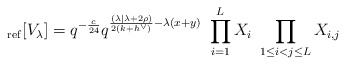
\begin{align*}_{\rm ref}[V_\lambda] = q^{-\frac{c}{24}} q^{\frac{(\lambda| \lambda + 2\rho) }{2(k+h^\vee)} -\lambda(x+y)}\ \prod_{i=1}^L X_i\ \prod_{1\leq i <j \leq L} X_{i,j} \end{align*}